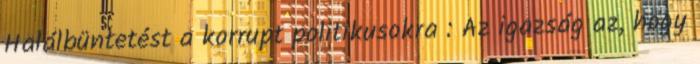
Halálbüntetést a korrupt politikusokra : Az igazság az, hogy